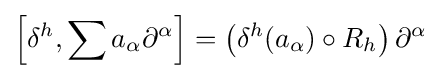
\left[\delta ^{h},\sum a_{\alpha }\partial ^{\alpha }\right]=\left(\delta ^{h}(a_{\alpha })\circ R_{h}\right)\partial ^{\alpha }